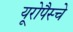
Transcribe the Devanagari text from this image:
यूरोपैस्चे